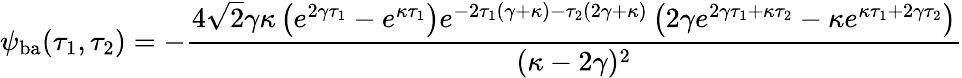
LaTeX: \psi_{\mathrm{ba}}(\tau_{1},\tau_{2})=-\frac{4\sqrt{2}\gamma\kappa\left(e^{2\gamma\tau_{1}}-e^{\kappa\tau_{1}}\right)e^{-2\tau_{1}(\gamma+\kappa)-\tau_{2}(2\gamma+\kappa)}\left(2\gamma e^{2\gamma\tau_{1}+\kappa\tau_{2}}-\kappa e^{\kappa\tau_{1}+2\gamma\tau_{2}}\right)}{(\kappa-2\gamma)^{2}}